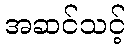
အဆင်သင့်